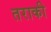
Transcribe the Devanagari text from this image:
तराकी